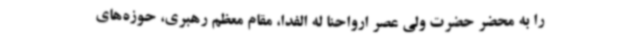
را به محضر حضرت ولی عصر ارواحنا له الفدا، مقام معظم رهبری، حوزه‌های